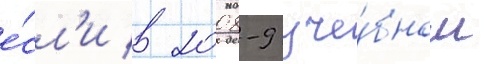
е́сл'и в 2008-9 уче́бном